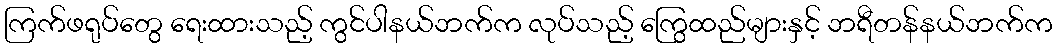
ကြက်ဖရုပ်တွေ ရေးထားသည့် ကွင်ပါနယ်ဘက်က လုပ်သည့် ကြွေထည်များနှင့် ဘရီတန်နယ်ဘက်က